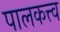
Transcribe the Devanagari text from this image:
पालकत्त्व